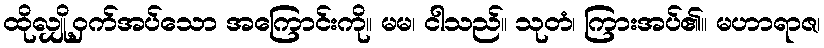
ထိုလျှို့ဝှက်အပ်သော အကြောင်းကို။ မမ၊ ငါသည်။ သုတံ၊ ကြားအပ်၏။ မဟာရာဇ၊